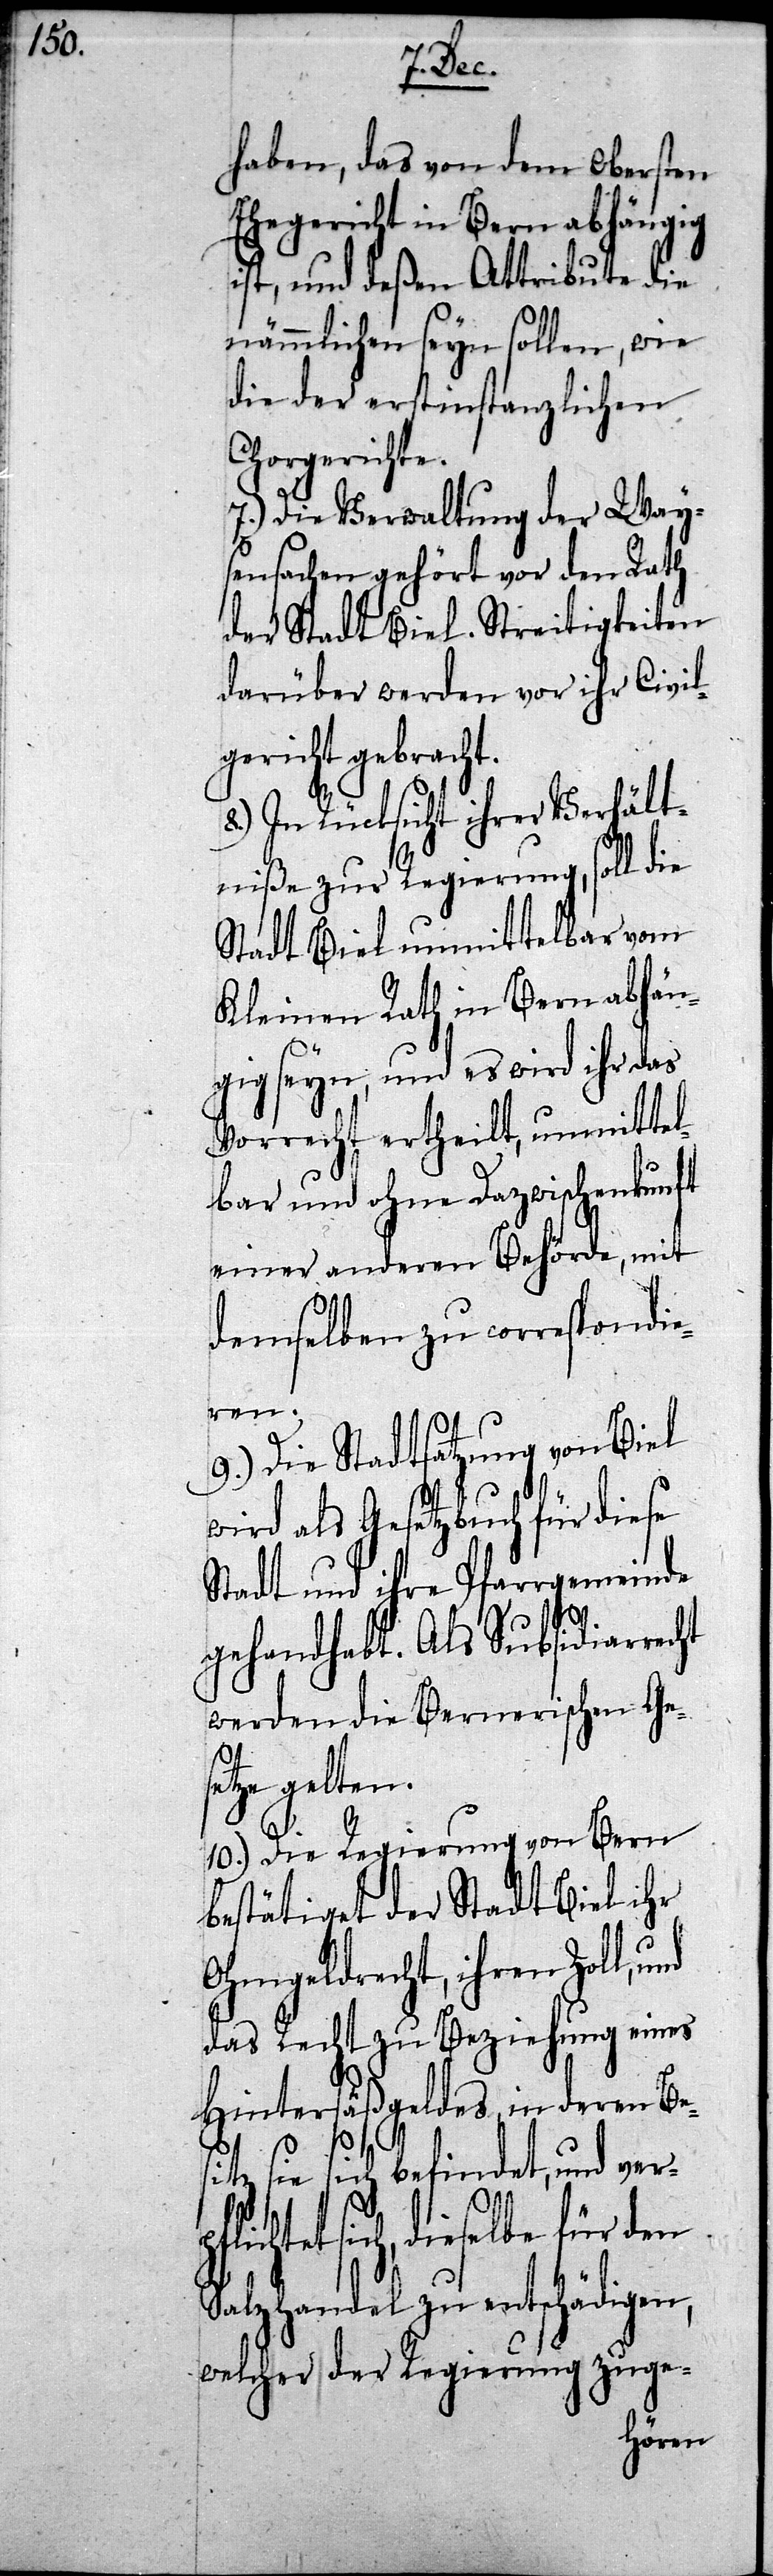
pflic¬
haben, das von dem Obersten
Ehegericht in Bern abhängig
ist, und deßen Attribute die
nämmlichen seyn sollen, wie
die der erstinstanzlichen
Chorgerichte.
7.) Die Verwaltung der Way¬
sensachen gehört vor den Rath
der Stadt Biel. Streitigkeiten
darüber werden vor ihr Civil¬
gericht gebracht.
8.) In Rücksicht ihrer Verhält¬
niße zur Regierung, soll die
Stadt Biel unmittelbar vom
Kleinen Rath in Bern abhän¬
gig seyn, und es wird ihr das
Vorrecht ertheilt, unmittel¬
bar und ohne Dazwischenkunft
einer anderen Behörde, mit
demselben zu correspondie¬
ren.
9.) Die Stadtsatzung von Biel
wird als Gesetzbuch für diese
Stadt und ihre Pfarrgemeinde
gehandhabt. Als Subsidiarrecht
werden die Bernerischen Ges¬
etze gelten.
10.) Die Regierung von Bern
bestätiget der Stadt Biel ihr
Ohmgeldrecht, ihren Zoll,
das Recht zu Beziehung eines
Hintersäßgeldes, in deren Bes¬
itz sie sich befindet, und ver¬
htet sich, dieselbe für den
Salzhandel zu entschädigen,
welcher der Regierung zuge-